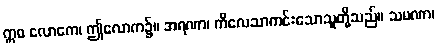
ဣဓ လောကေ၊ ဤလောက၌။ အရဏာ၊ ကိလေသာကင်းသောသူတို့သည်။ သမဏာ၊